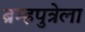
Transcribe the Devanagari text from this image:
ब्रम्हपुत्रेला